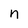
Character: n